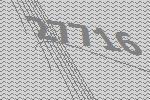
27716